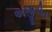
અજીવીત